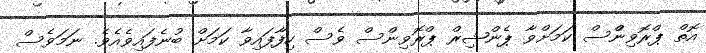
އޮތް ޕްރޮވިންްސް ކަމަށްވާ ޕެންޝިރް ޕްރޮވިންސް ވެސް ހިފާފައިވާ ކަމަށް ބުނެފައިވެއެވެ. ނަމަވެސް